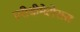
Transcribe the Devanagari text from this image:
एरीथीमेटोसस